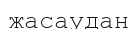
жасаудан